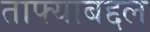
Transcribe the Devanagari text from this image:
ताफ्याबद्दल